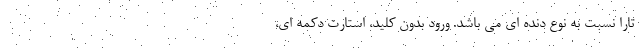
تارا نسبت به نوع دنده ای می باشد. ورود بدون كليد، استارت دکمه ای،